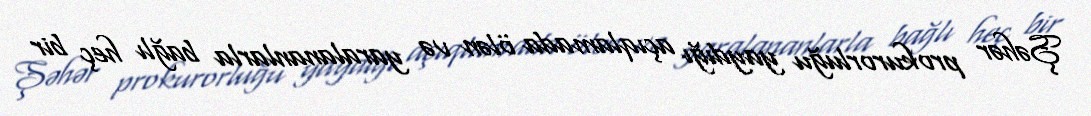
Şəhər prokurorluğu yaydığı açıqlamada ölən və yaralananlarla bağlı heç bir